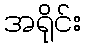
အရိုင်း